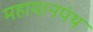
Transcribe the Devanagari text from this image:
महायानपंथ